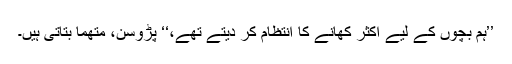
’’ہم بچوں کے لیے اکثر کھانے کا انتظام کر دیتے تھے،‘‘ پڑوسن، مُتھما بتاتی ہیں۔